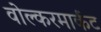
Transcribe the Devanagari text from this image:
वोल्करमार्कट